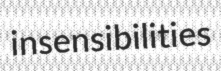
insensibilities